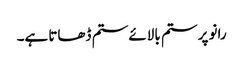
رانو پر ستم بالائے ستم ڈھاتا ہے۔